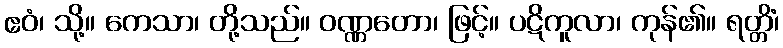
ဧဝံ၊ သို့။ ကေသာ၊ တို့သည်။ ဝဏ္ဏတော၊ ဖြင့်။ ပဋိကူလာ၊ ကုန်၏။ ရတ္တိံ၊